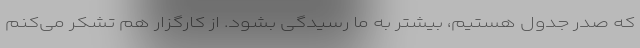
که صدر جدول هستیم، بیشتر به ما رسیدگی بشود. از کارگزار هم تشکر می‌کنم